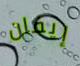
إيفان